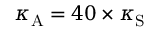
\kappa _ { \mathrm { A } } = 4 0 \times \kappa _ { \mathrm { S } }